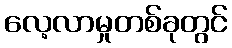
လေ့လာမှုတစ်ခုတွင်